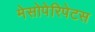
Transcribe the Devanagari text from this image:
मेसोपेरिपेटस